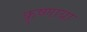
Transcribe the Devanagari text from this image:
कृष्णाया